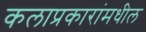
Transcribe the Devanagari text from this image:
कलाप्रकारांमधील